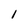
Character: 1